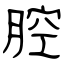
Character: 腔